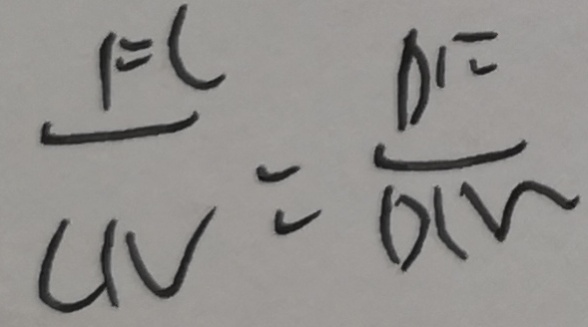
\frac { F C } { C N } = \frac { D F } { D N }